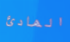
الهادئ